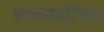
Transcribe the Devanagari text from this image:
अल्पसक्रियता